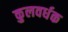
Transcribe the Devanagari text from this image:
कुलवर्धक